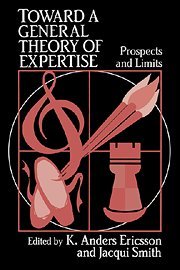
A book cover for Toward a General Theory of Expertise: Prospects and Limits; Medical Books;